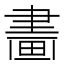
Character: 𤲿